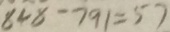
8 4 8 - 7 9 1 = 5 7